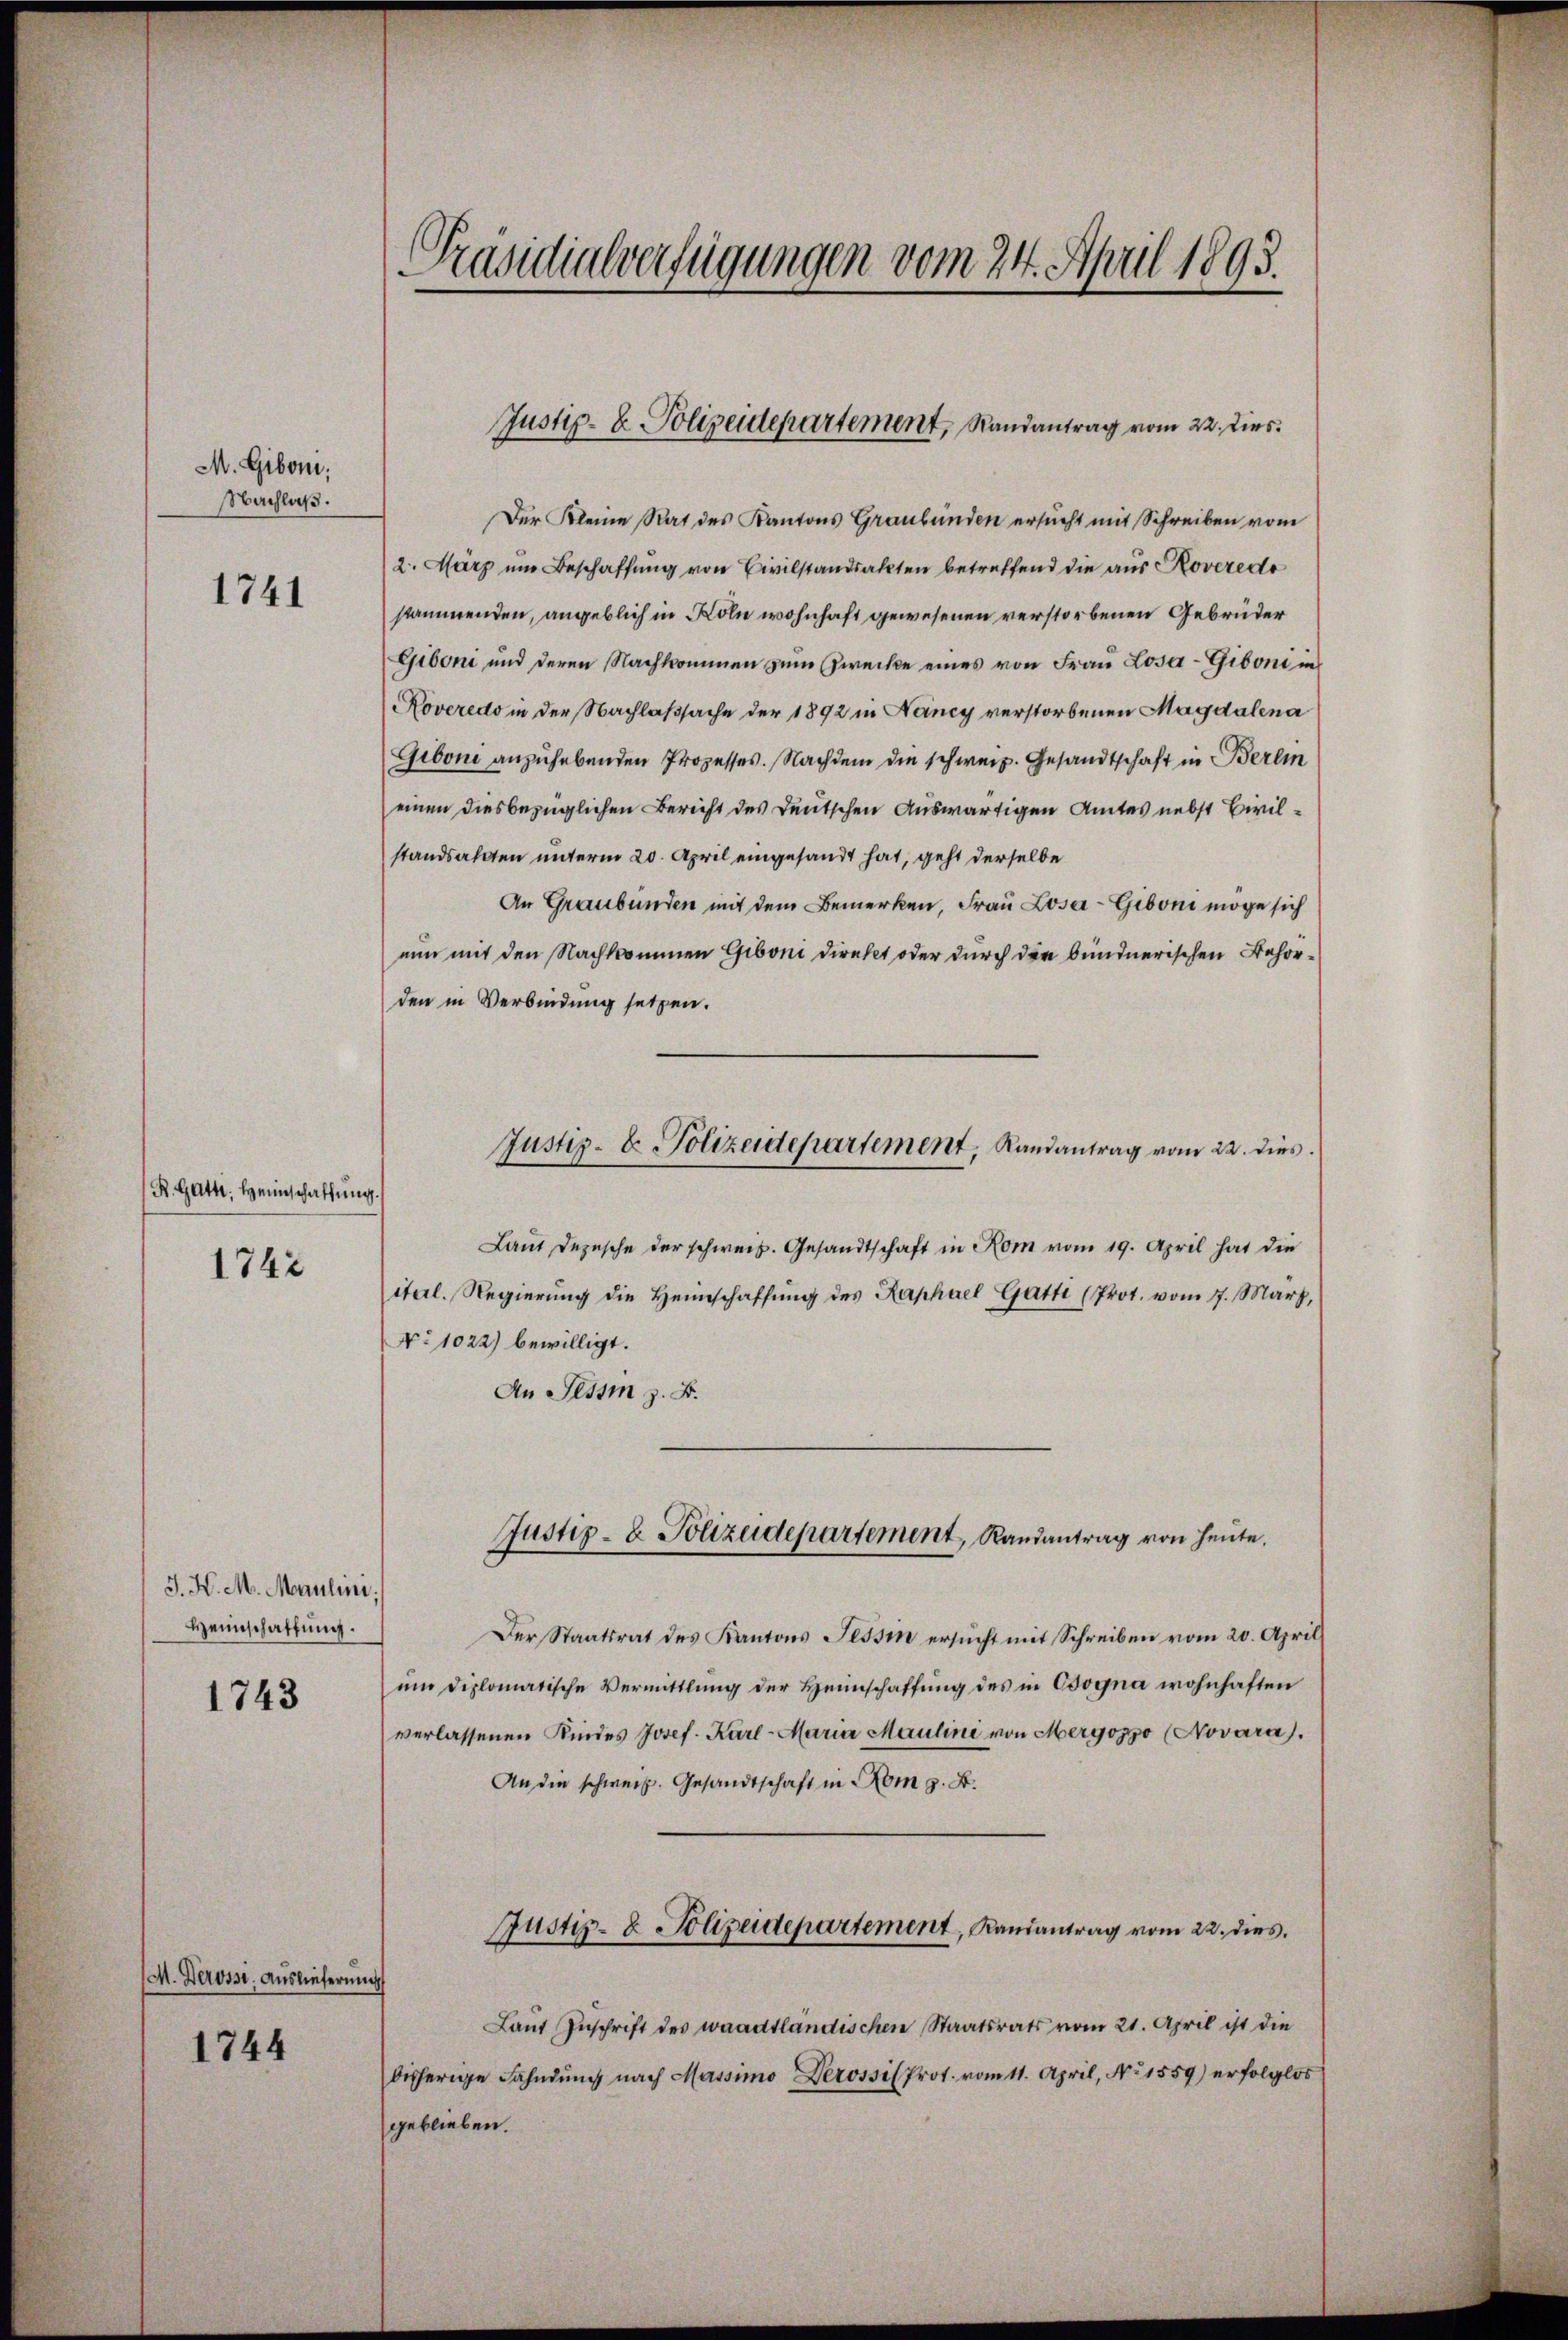
M. Giboni,
Nachlaß.

1741

R. Gatti, Heimschaffung.

1742

J. H. M. Maulini;
Heimschaffung.

1743

M. Derossi, Auslieferung

1744

Präsidialverfügungen vom 24. April 1893.

Der Kleine Rat des Kantons Graubünden ersucht mit Schreiben vom
2. März um Beschaffung von Civilstandsakten betreffend die aus Roveredo
stammenden, angeblich in Köln wohnhaft gewesenen verstorbenen Gebrüder
Giboni und deren Nachkommen zum Zwecke eines von Frau Losa-Giboni in
Roveredo in der Nachlaßsache der 1892 in Neincy verstorbenen Magdalena
Giboni anzuhebenden Prozesses. Nachdem die schweiz. Gesandtschaft in Berli
einen diesbezüglichen Bericht des Deutschen Auswärtigen Amtes nebst Bivilstandsakten unterm 20. April eingesandt hat, geht derselbe
An Graubünden mit dem Bemerken, Frau Losa-Giboni möge sich
nun mit den Nachkommen Giboni direkt oder durch die bundnerischen Behörden in Verbindung setzen.
Laut Depesche der schweiz. Gesandtschaft in Rom vom 19. April hat die
ital. Regierung die Heimschaffung des Raphael Gatti (Prot. vom 17. März,
No 1022) bewilligt.
An Tessin z. B.
Justiz- & Polizeidepartement, Randantrag von heute.
Der Staatsrat des Kantons Tessin ersŭcht mit Schreiben vom 20. April
um diplomatische Vermittlung der Heimschaffung des in Cogna wohnhaften
verlassenen Kindes Josef. Karl- Maria Maulini von Mergozzo (Novara).
An die schweiz. Gesandtschaft in Rom z. B.
Justiz- & Polizeidepartement, Randantrag vom 22. dies
Laut Zuschrift des waadtländischen Staatsrats vom 21. April ist die
bisherige Fahndŭng nach Massimo Derosses Prot. vom 11. April, No 1559) erfolglos
geblieben.

Justiz- & Polizeidepartement, Randantrag vom 22. Dies

Justiz- & Polizeidepartement, Randantrag vom 22. dies